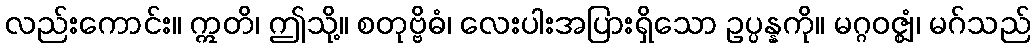
လည်းကောင်း။ ဣတိ၊ ဤသို့။ စတုဗ္ဗိဓံ၊ လေးပါးအပြားရှိသော ဥပ္ပန္နကို။ မဂ္ဂဝဇ္ဈံ၊ မဂ်သည်